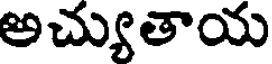
అచ్యుతాయ